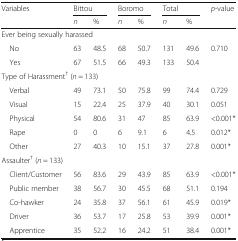
<table><thead><tr><td><b>Variables</b></td><td colspan="2"><b>Bittou</b></td><td colspan="2"><b>Boromo</b></td><td colspan="2"><b>Total</b></td><td><b><i>p</i>-value</b></td></tr><tr><td></td><td><b><i>n</i></b></td><td><b>%</b></td><td><b><i>n</i></b></td><td><b>%</b></td><td><b><i>n</i></b></td><td><b>%</b></td><td></td></tr></thead><tbody><tr><td colspan="8">Ever being sexually harassed</td></tr><tr><td> No</td><td>63</td><td>48.5</td><td>68</td><td>50.7</td><td>131</td><td>49.6</td><td>0.710</td></tr><tr><td> Yes</td><td>67</td><td>51.5</td><td>66</td><td>49.3</td><td>133</td><td>50.4</td><td></td></tr><tr><td colspan="8">Type of Harassment<sup>†</sup> (<i>n</i> = 133)</td></tr><tr><td> Verbal</td><td>49</td><td>73.1</td><td>50</td><td>75.8</td><td>99</td><td>74.4</td><td>0.729</td></tr><tr><td> Visual</td><td>15</td><td>22.4</td><td>25</td><td>37.9</td><td>40</td><td>30.1</td><td>0.051</td></tr><tr><td> Physical</td><td>54</td><td>80.6</td><td>31</td><td>47</td><td>85</td><td>63.9</td><td>&lt;0.001*</td></tr><tr><td> Rape</td><td>0</td><td>0</td><td>6</td><td>9.1</td><td>6</td><td>4.5</td><td>0.012*</td></tr><tr><td> Other</td><td>27</td><td>40.3</td><td>10</td><td>15.1</td><td>37</td><td>27.8</td><td>0.001*</td></tr><tr><td colspan="8">Assaulter<sup>†</sup> (<i>n</i> = 133)</td></tr><tr><td> Client/Customer</td><td>56</td><td>83.6</td><td>29</td><td>43.9</td><td>85</td><td>63.9</td><td>&lt;0.001*</td></tr><tr><td> Public member</td><td>38</td><td>56.7</td><td>30</td><td>45.5</td><td>68</td><td>51.1</td><td>0.194</td></tr><tr><td> Co-hawker</td><td>24</td><td>35.8</td><td>37</td><td>56.1</td><td>61</td><td>45.9</td><td>0.019*</td></tr><tr><td> Driver</td><td>36</td><td>53.7</td><td>17</td><td>25.8</td><td>53</td><td>39.9</td><td>0.001*</td></tr><tr><td> Apprentice</td><td>35</td><td>52.2</td><td>16</td><td>24.2</td><td>51</td><td>38.4</td><td>0.001*</td></tr></tbody></table>